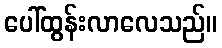
ပေါ်ထွန်းလာလေသည်။